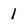
Character: 1